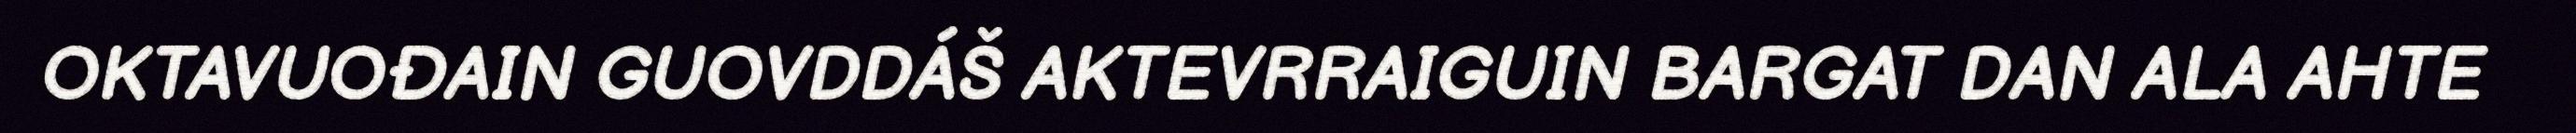
OKTAVUOĐAIN GUOVDDÁŠ AKTEVRRAIGUIN BARGAT DAN ALA AHTE